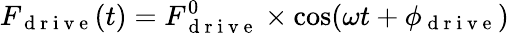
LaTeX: F_{\mathrm{~d~r~i~v~e~}}(t)=F_{\mathrm{~d~r~i~v~e~}}^{0}\times\cos(\omega t+\phi_{\mathrm{~d~r~i~v~e~}})